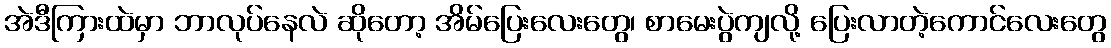
အဲဒီကြားထဲမှာ ဘာလုပ်နေလဲ ဆိုတော့ အိမ်ပြေးလေးတွေ၊ စာမေးပွဲကျလို့ ပြေးလာတဲ့ကောင်လေးတွေ